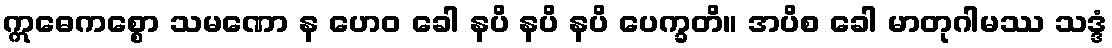
ဣဓေကစ္စော သမဏော န ဟေဝ ခေါ နပိ နပိ နပိ ပေက္ခတိ။ အပိစ ခေါ မာတုဂါမဿ သဒ္ဒံ